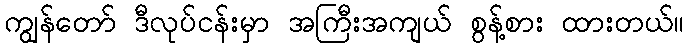
ကျွန်တော် ဒီလုပ်ငန်းမှာ အကြီးအကျယ် စွန့်စား ထားတယ်။